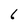
Character: 6